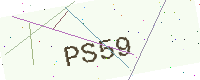
Text: PS59